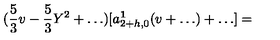
( \frac { 5 } { 3 } v - \frac { 5 } { 3 } Y ^ { 2 } + \ldots ) [ a _ { 2 + h , 0 } ^ { \bf 1 } ( v + \ldots ) + \ldots ] =